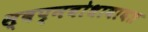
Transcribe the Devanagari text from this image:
स्वप्नबोधाबाबत